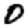
Digit: 0